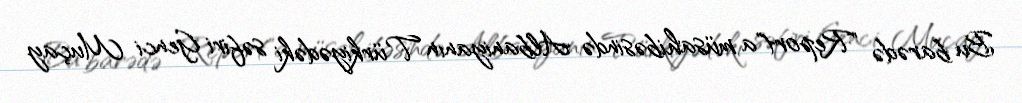
Bu barədə "Report"a müsahibəsində Albaniyanın Türkiyədəki səfiri Genci Muçay